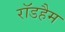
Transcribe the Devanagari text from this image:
रॉडहैम